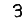
Digit: 3